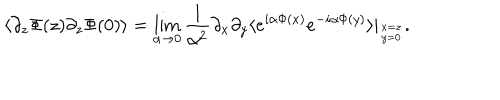
\langle \partial _ { z } \Phi ( z ) \partial _ { z } \Phi ( 0 ) \rangle = \lim _ { \alpha \rightarrow 0 } { \frac { 1 } { \alpha ^ { 2 } } } \partial _ { x } \partial _ { y } \langle e ^ { i \alpha \Phi ( x ) } e ^ { - i \alpha \Phi ( y ) } \rangle | _ { { x = z } \atop { y = 0 } } .